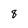
Character: 8